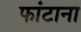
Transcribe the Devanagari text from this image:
फांटाना